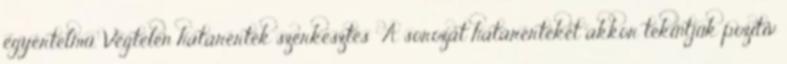
egyértelmű. Végtelen határérték szerkesztés A sorozat határértékét akkor tekintjük pozitív